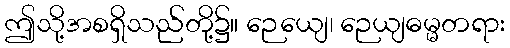
ဤသို့အစရှိသည်တို့၌။ ဉေယျေ၊ ဉေယျဓမ္မတရား